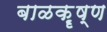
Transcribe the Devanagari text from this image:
बाळक़ॄष्‍ण